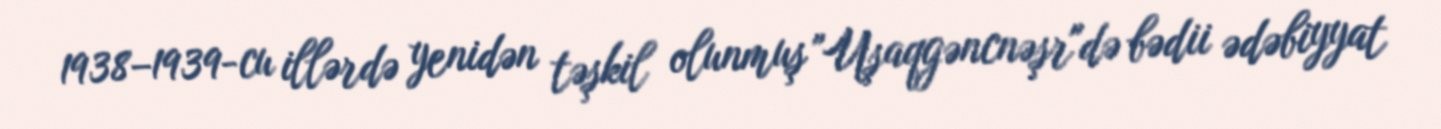
1938–1939-cu illərdə yenidən təşkil olunmuş "Uşaqgəncnəşr"də bədii ədəbiyyat